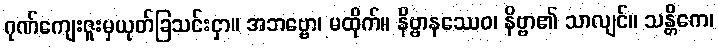
ဂုဏ်ကျေးဇူးမှယုတ်ခြသင်းငှာ။ အဘဗ္ဗော၊ မထိုက်။ နိဗ္ဗာနဿေဝ၊ နိဗ္ဗာ၏ သာလျင်။ သန္တိကေ၊